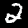
Digit: 2